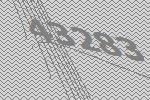
43283